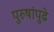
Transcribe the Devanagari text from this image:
पुरुषांपुढे